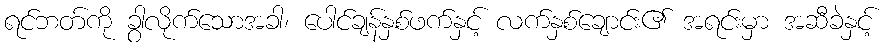
ရင်ဘတ်ကို ခွာလိုက်သောအခါ၊ ပေါင်ချန်နှစ်ဖက်နှင့် လက်နှစ်ချောင်း၏ အရင်းမှာ အဆီခဲနှင့်